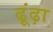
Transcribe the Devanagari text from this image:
ढ़ूंढ़ा